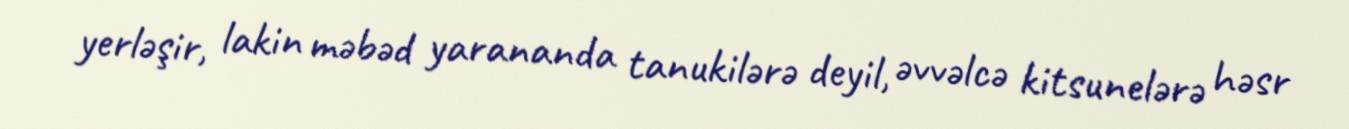
yerləşir, lakin məbəd yarananda tanukilərə deyil, əvvəlcə kitsunelərə həsr